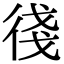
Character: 㣤